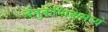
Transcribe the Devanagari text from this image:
तंतुकणिकेमध्ये